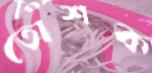
তোশক